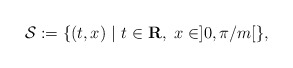
\begin{align*}{\mathcal {S}}:=\{(t,x)~|~t\in {\bf {R}}, ~x\in] 0 ,\pi /m [ \},\end{align*}